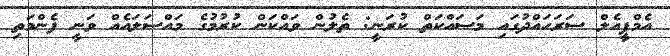
އެމްޕީއެލް ސަރަހައްދުގައި މަސައްކަތް ކުރަނީ: ތެލުން ވައްކަން ކުރުމުގެ މައްސަލައެއް ވަނީ ފެންމަތި